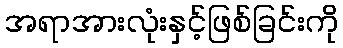
အရာအားလုံးနှင့်ဖြစ်ခြင်းကို